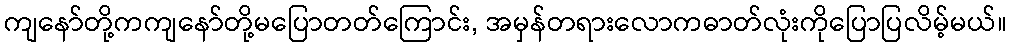
ကျနော်တို့ကကျနော်တို့မပြောတတ်ကြောင်း, အမှန်တရားလောကဓာတ်လုံးကိုပြောပြလိမ့်မယ်။